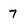
Character: 7